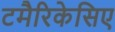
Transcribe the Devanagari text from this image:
टमैरिकेसिए